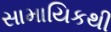
સામાયિકથી